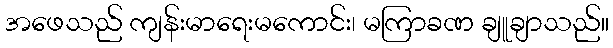
အဖေသည် ကျန်းမာရေးမကောင်း၊ မကြာခဏ ချူချာသည်။